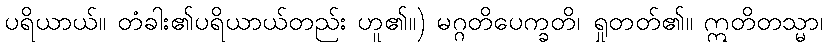
ပရိယာယ်။ တံခါး၏ပရိယာယ်တည်း ဟူ၏။) မဂ္ဂတိပေက္ခတိ၊ ရှုတတ်၏။ ဣတိတသ္မာ၊